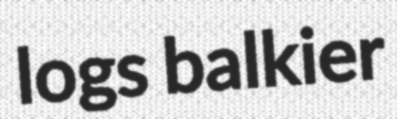
logs balkier